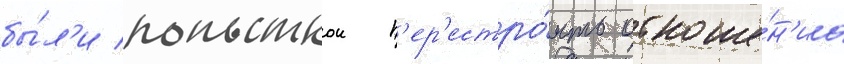
бы́л'и попыткои п'ер'естро́ить отноше́н'иа